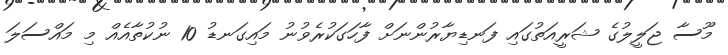
މޫސާ ޖަލީލުގެ ޝަރީއަތުގައި ފަނޑިޔާރުންނަށް ފާހަގަކުރެވުނު މައިގަނޑު 10 ނުކުތާއެއް މި މައްސަލަ